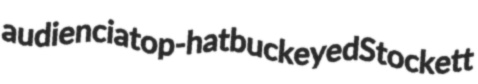
audiencia top-hat buckeyed Stockett